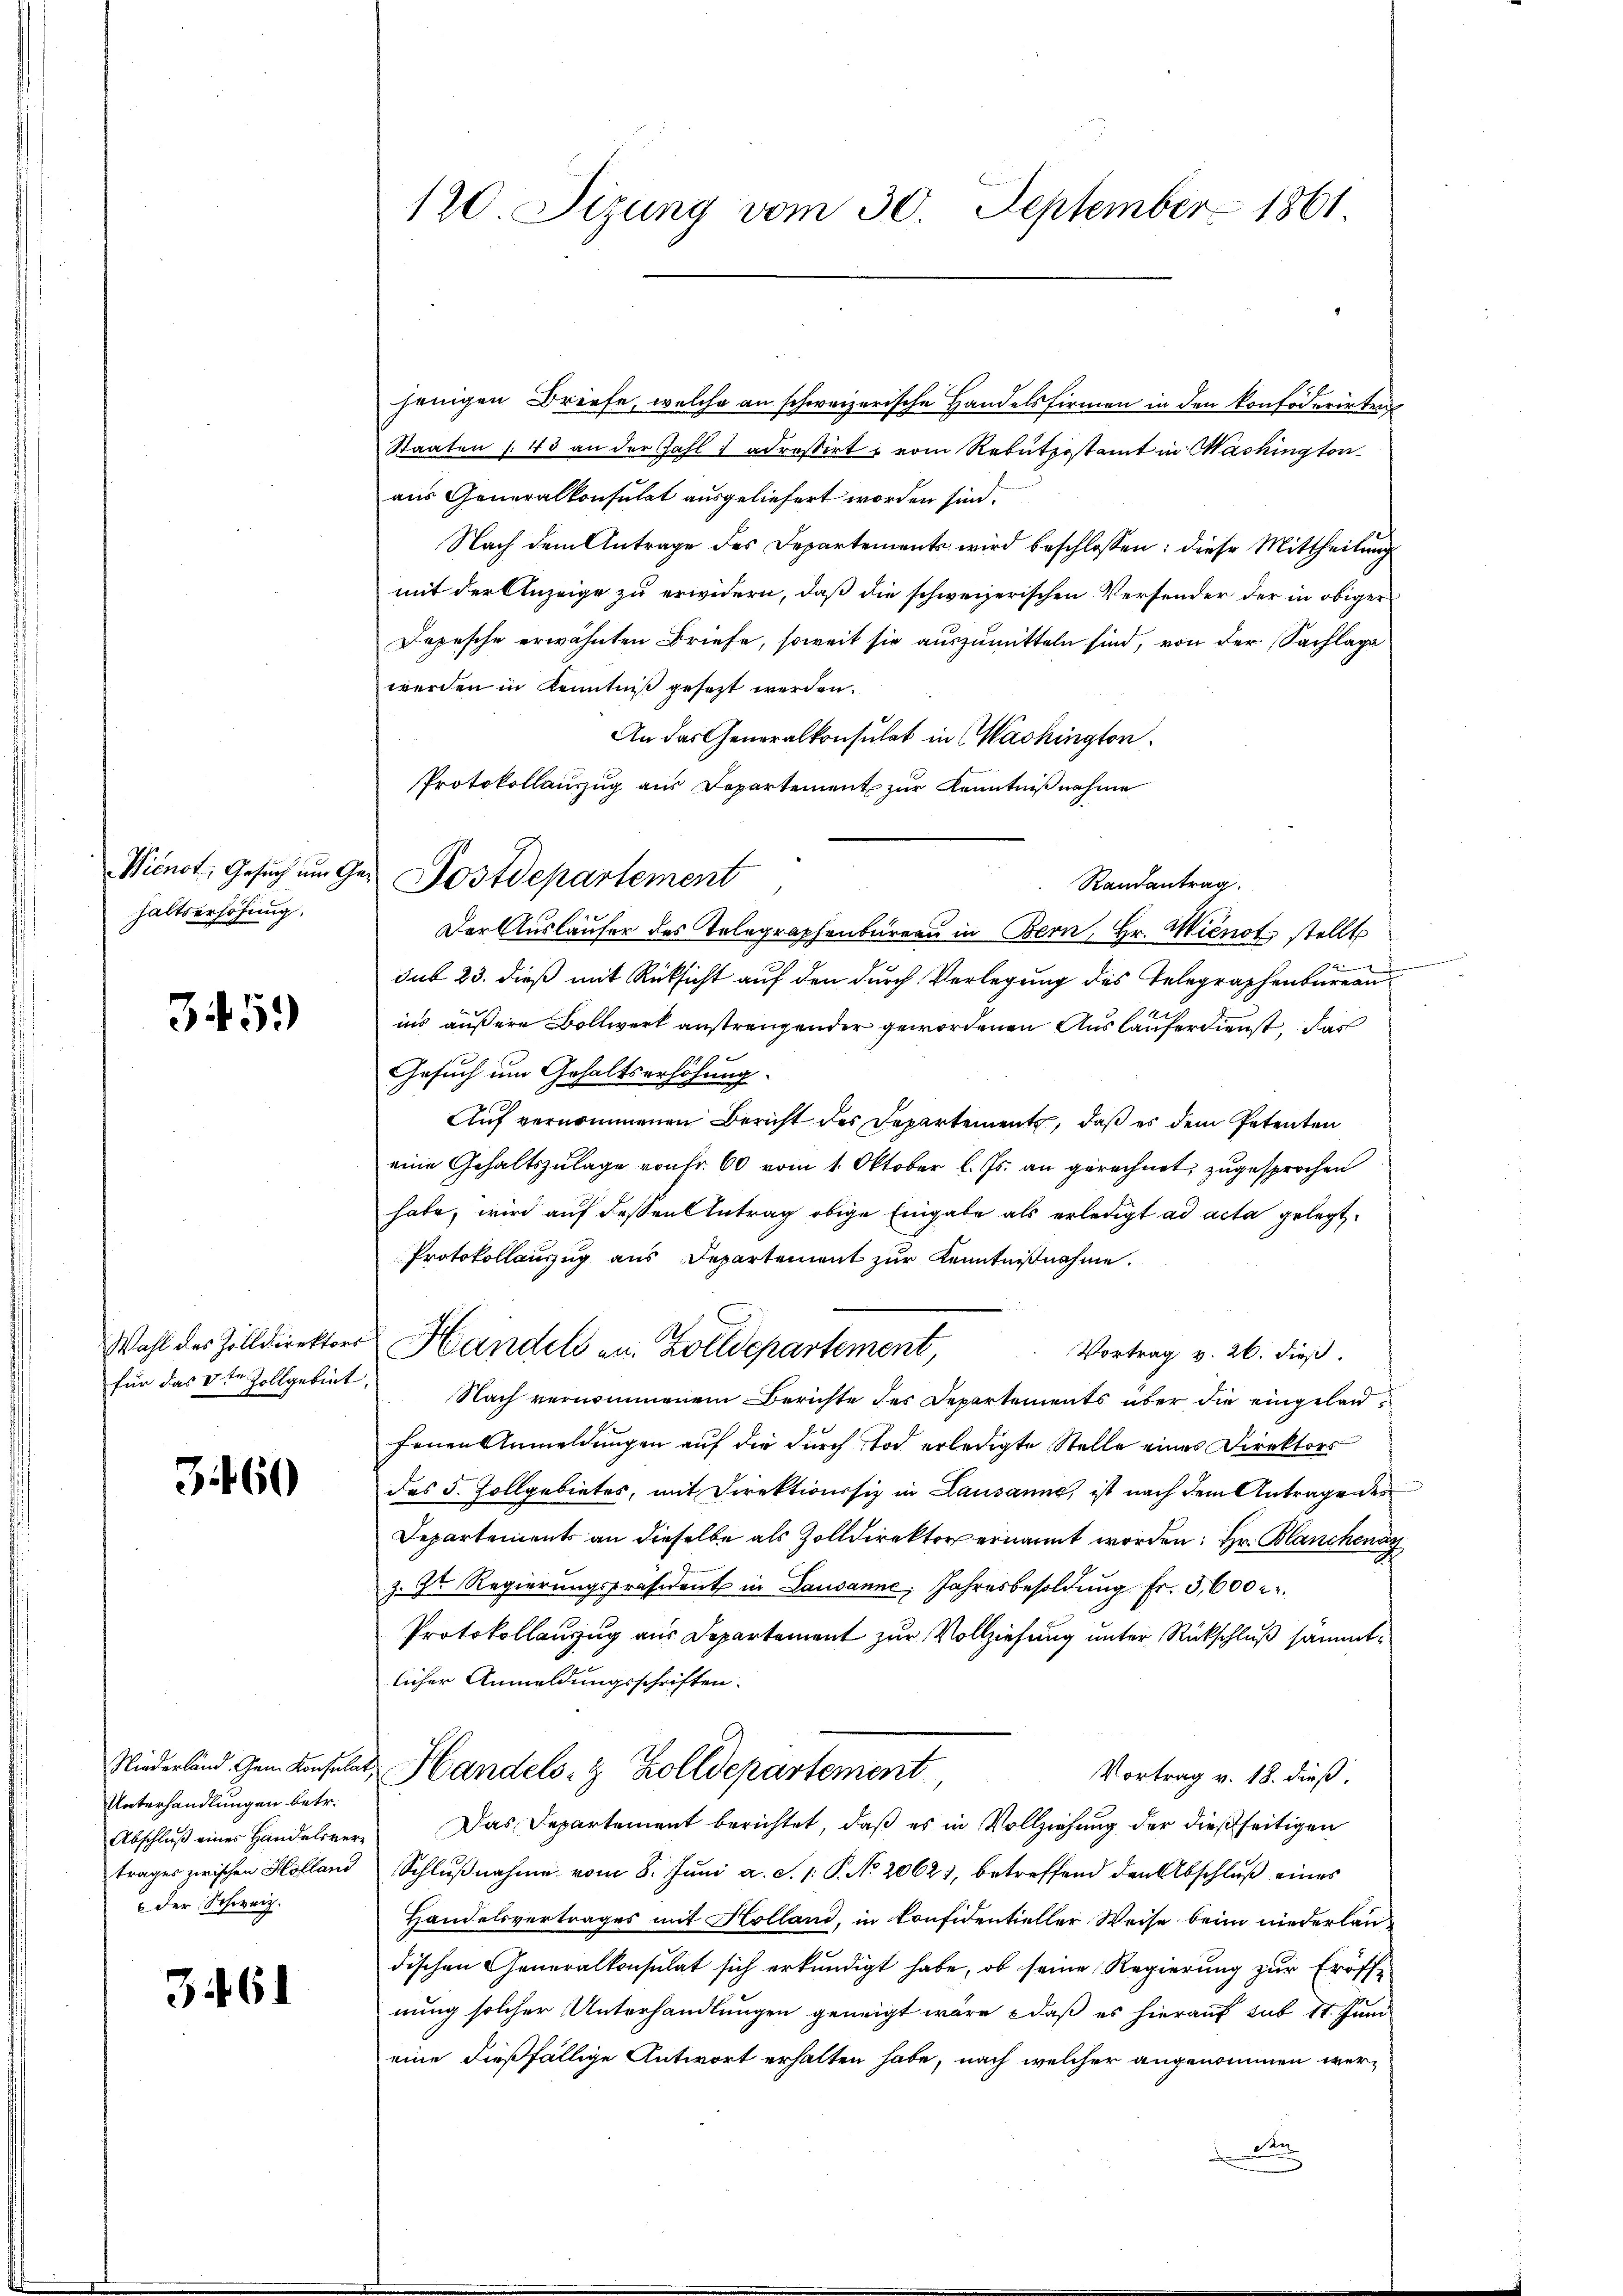
Wienst, Gesuch um G
haltserhöhung.

345.

3460

Unterhandlungen betr.
trages zwischen Holland
der Schweiz.

3461

120. Sizung vom 30. September 1861.

e Postdepartement

jenigen Briefe, welche an schweizerische Handelsfirmen in den konfoderirten
Staaten 143 an der Zahl 1 adressirt u vom Rebutpostamt in Washington
aus Generalkonsulat ausgeliefert worden sind.
Nach dem Antrage des Departements wird beschlossen: diese Mittheilung
mit der Anzeige zu erwidern, daß die schweizerischen Versonder der in obiger
Depesche erwähnten Briefe, soweit sie auszumitteln sind, von der Sachlage
werden in Kenntniß gesezt werden.
An das Generalkonsulat in Washington.
Protokollauszug aus Departement zur Kenntnißnahme
Randantrag.
Der Ausläufer des Telegraphenbureau in Bern, Hr. Wienot, stellt
e
1
sub 23. dieß mit Rücksicht auf den durch Verlegung des Telegraphenbureau
ins äußere Bollwerk anstrengender gewordenen Auslauferdienst, das
Gesuch um Gehaltserhöhung.
Auf vernommenen Bericht des Departements, daß es dem Petenten
eine Gehaltszulage von Fr. 60 vom 1. Oktober l. Js. an gerechnet, zugesprochen
habe, wird auf dessen Antrag obige Eingabe als erledigt ad acta gelegt.
Protokollauszug aus Departement zur Kenntnißnahme.
Wahl des Zolldirektors Handels an. Zolldepartement,
Vortrag v. 26. dieß.
für das 3te Zollgebiet. Nach vernommenem Berichte des Departements über die eingelanfenen Anmeldungen auf die durch Tod erledigte Stelle eines Direktors
des 5. Zollgebietes, mit Direktionssiz in Lausanne, ist nach dem Antrage der
Departements an dieselbe als Zolldirektor ernannt worden: Hr. Blanchenay
z. Gr. Regierŭngspräsident in Lausanne. Jahresbesoldŭng fr. 3,600 r.
Protokollauszug aus Departement zur Vollziehung unter Rückschluß sämmtlicher Anmeldungsschriften.
Niederland Gem. Konsulat, Handels- & Zolldepartement
Vortrag v. 18. dieß.
Abschlŭβ eines Handelsver- Das Departement berichtet, daß es in Vollziehung der dießseitigen
Schlŭβnahme vom 8. Jŭni a. S. 1. P. No. 2062), betreffend den Abschlŭβ eines
Handelsvertrages mit Holland, in konfidentieller Weise beim niederlandischen Generalkonsulat sich erkundigt habe, ob seine Regierung zur Eröffnung solcher Unterhandlungen geneigt wäre, daß es hierauf sub 11. Juni
eine dießfällige Antwort erhalten habe, nach welcher angenommen wer¬
2te

n